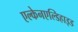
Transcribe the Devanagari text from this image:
एल्केनएल्डिहाइड